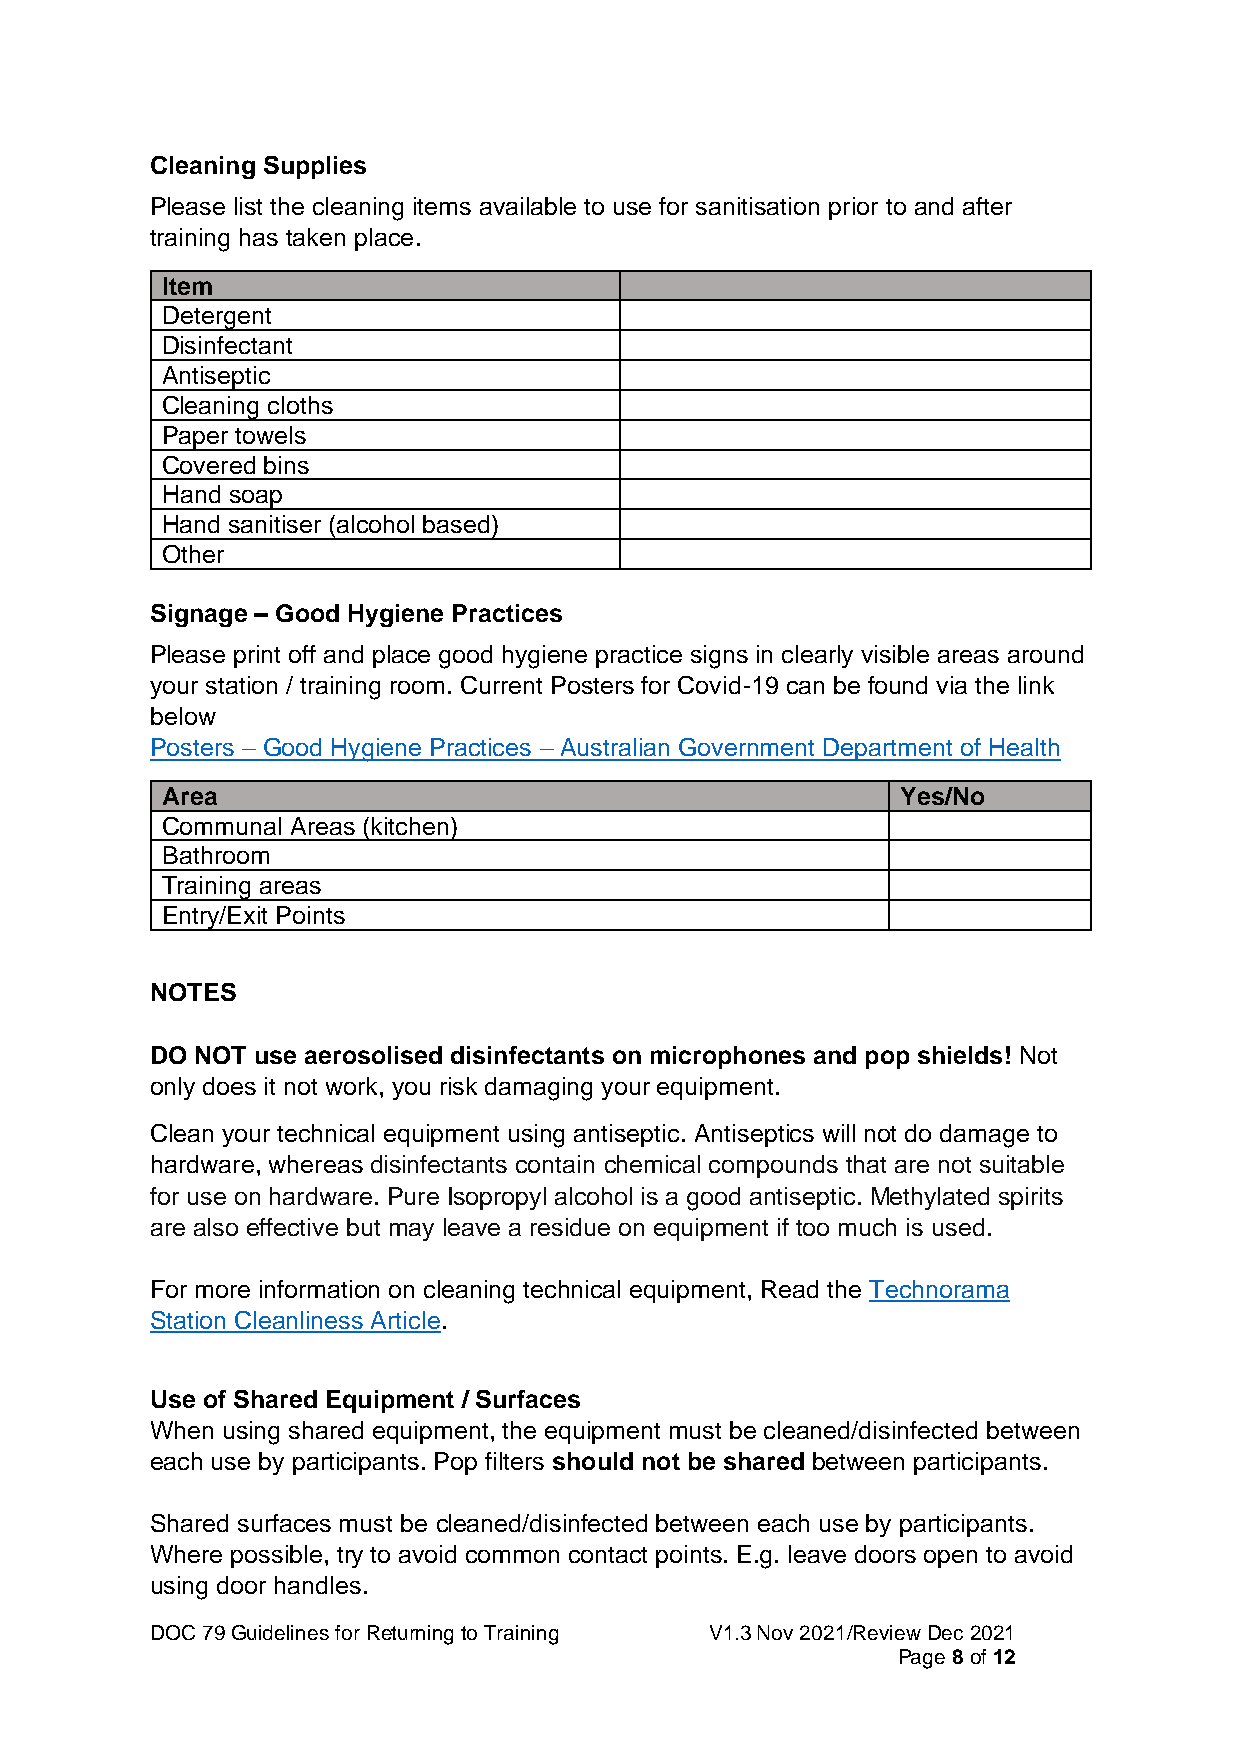
Cleaning Supplies
 Please list the cleaning items available to use for sanitisation prior to and after
 training has taken place.
 Item
 Detergent
 Disinfectant
 Antiseptic
 Cleaning cloths
 Paper towels
 Covered bins
 Hand soap
 Hand sanitiser (alcohol based)
 Other
 Signage – Good Hygiene Practices
 Please print off and place good hygiene practice signs in clearly visible areas around
 your station / training room. Current Posters for Covid-19 can be found via the link
 below
 Posters – Good Hygiene Practices – Australian Government Department of Health
 Area                                             Yes/No
 Communal Areas (kitchen)
 Bathroom
 Training areas
 Entry/Exit Points
 NOTES
 DO NOT use aerosolised disinfectants on microphones and pop shields! Not
 only does it not work, you risk damaging your equipment.
 Clean your technical equipment using antiseptic. Antiseptics will not do damage to
 hardware, whereas disinfectants contain chemical compounds that are not suitable
 for use on hardware. Pure Isopropyl alcohol is a good antiseptic. Methylated spirits
 are also effective but may leave a residue on equipment if too much is used.
 For more information on cleaning technical equipment, Read the Technorama
 Station Cleanliness Article.
 Use of Shared Equipment / Surfaces
 When using shared equipment, the equipment must be cleaned/disinfected between
 each use by participants. Pop filters should not be shared between participants.
 Shared surfaces must be cleaned/disinfected between each use by participants.
 Where possible, try to avoid common contact points. E.g. leave doors open to avoid
 using door handles.
 DOC 79 Guidelines for Returning to Training V1.3 Nov 2021/Review Dec 2021
 Page 8 of 12